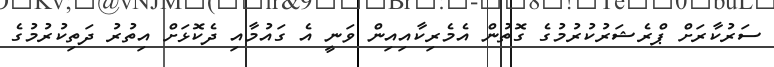
ސަރުކާރަށް ޕްރެޝަރުކުރުމުގެ ގޮތުން އެމެރިކާއިއިން ވަނީ އެ ގައުމާއި ދެކޮޅަށް އިތުރު ދަތިކުރުމުގެ